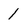
Character: 1